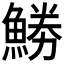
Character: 𩷼